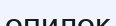
опилок